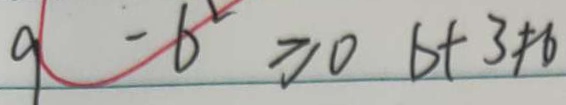
9 - 6 ^ { 2 } \geq 0 6 + 3 \neq 6